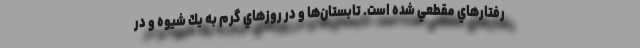
رفتارهاي مقطعي شده است. تابستان‌ها و در روزهاي گرم به يك شيوه و در